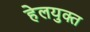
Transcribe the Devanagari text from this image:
हेलयुक्त